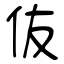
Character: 伖